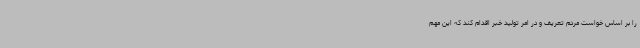
را بر اساس خواست مردم تعریف و در امر تولید خبر اقدام کند که این مهم